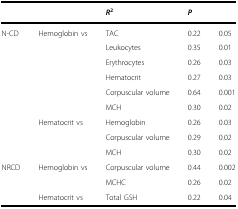
<table><thead><tr><td></td><td></td><td><b><i>R</i><sup>2</sup></b></td><td><b><i>P</i></b></td><td></td></tr></thead><tbody><tr><td rowspan="9">N-CD</td><td rowspan="6">Hemoglobin vs</td><td>TAC</td><td>0.22</td><td>0.05</td></tr><tr><td>Leukocytes</td><td>0.35</td><td>0.01</td></tr><tr><td>Erythrocytes</td><td>0.26</td><td>0.03</td></tr><tr><td>Hematocrit</td><td>0.27</td><td>0.03</td></tr><tr><td>Corpuscular volume</td><td>0.64</td><td>0.001</td></tr><tr><td>MCH</td><td>0.30</td><td>0.02</td></tr><tr><td rowspan="3">Hematocrit vs</td><td>Hemoglobin</td><td>0.26</td><td>0.03</td></tr><tr><td>Corpuscular volume</td><td>0.29</td><td>0.02</td></tr><tr><td>MCH</td><td>0.30</td><td>0.02</td></tr><tr><td rowspan="3">NRCD</td><td rowspan="2">Hemoglobin vs</td><td>Corpuscular volume</td><td>0.44</td><td>0.002</td></tr><tr><td>MCHC</td><td>0.26</td><td>0.02</td></tr><tr><td>Hematocrit vs</td><td>Total GSH</td><td>0.22</td><td>0.04</td></tr></tbody></table>